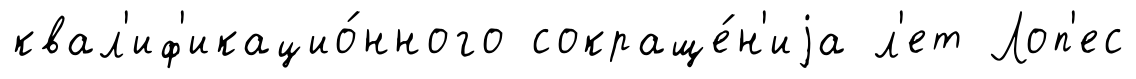
квал'иф'икацио́нного сокраще́н'иjа л'ет Лоп'ес